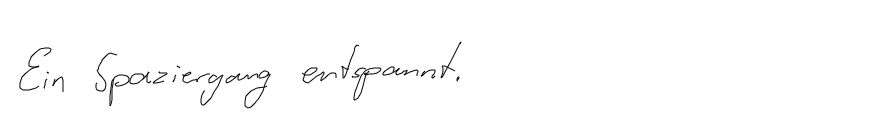
Ein Spaziergang entspannt.